DOW-UAP-D25, Mission Report, Greece, January 2024
Agency: Department of War
Incident date: 1/25/24
Incident location: Mediterranean Sea
Page 5
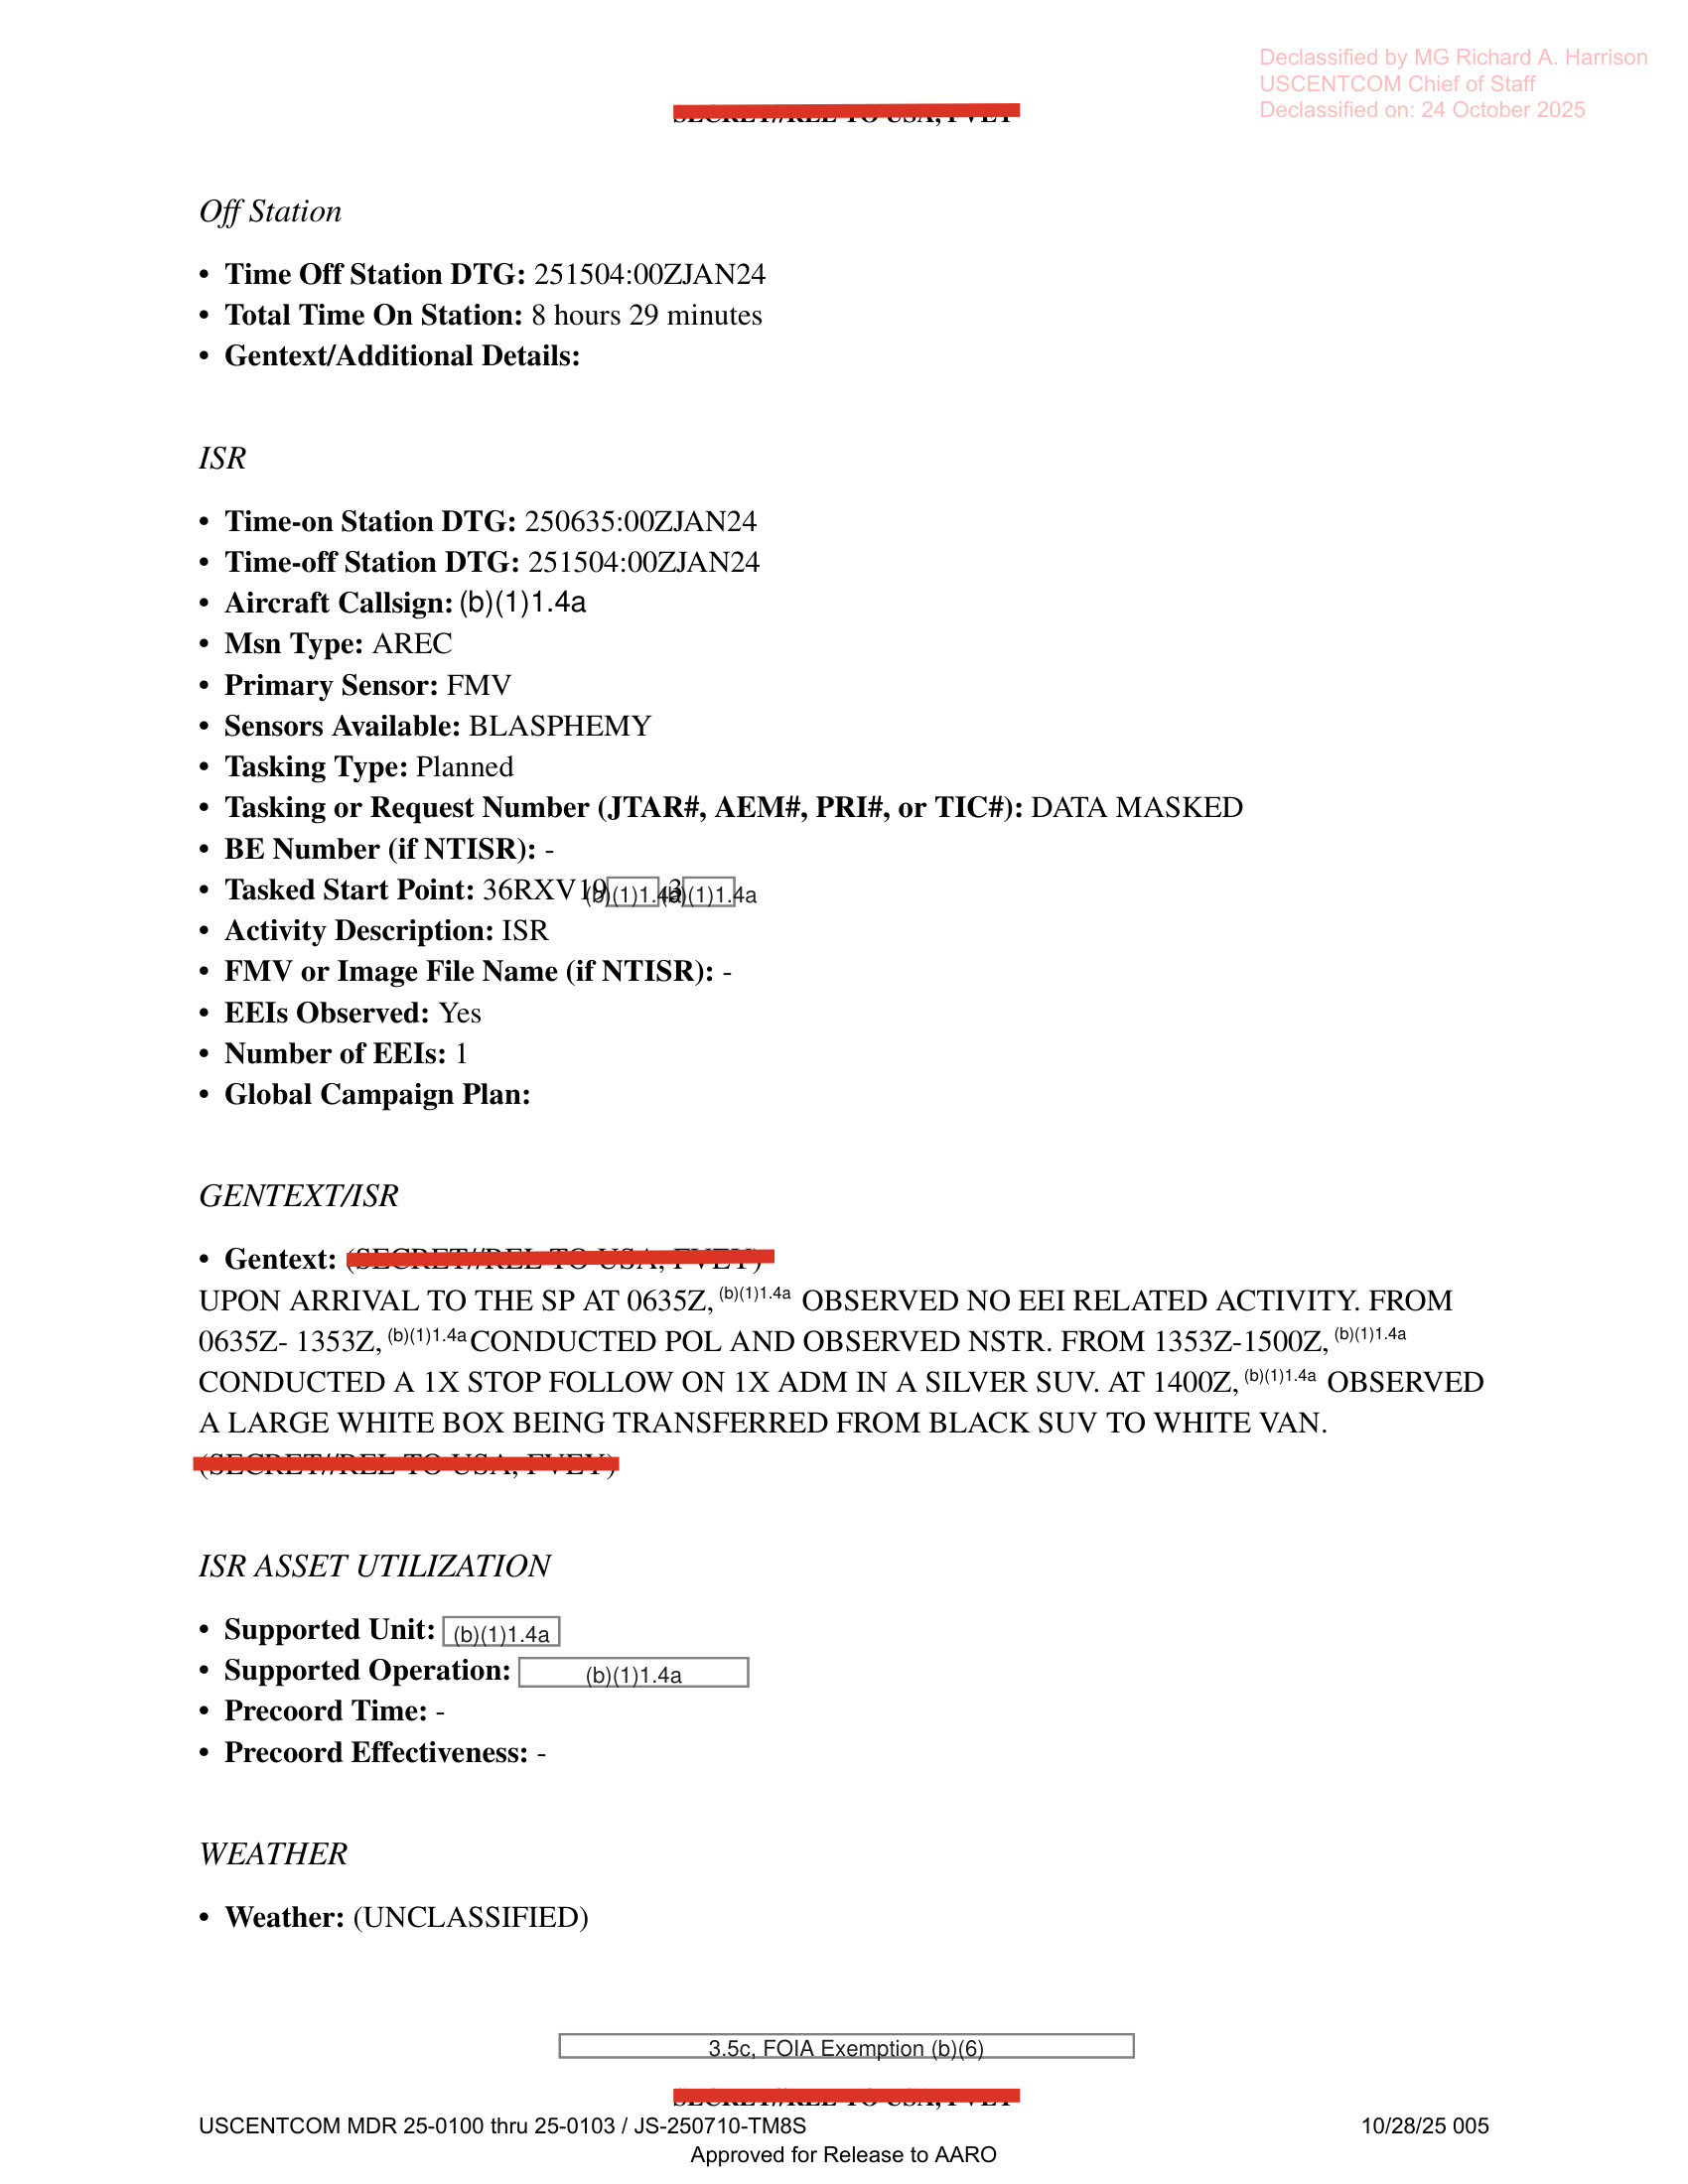